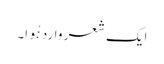
ایک شعر وارد ہُوا۔